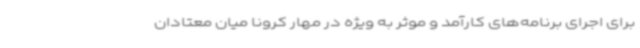
برای اجرای برنامه‌های کارآمد و موثر به ویژه در مهار کرونا میان معتادان